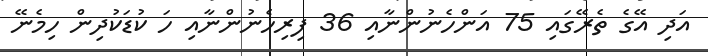
އަދި އޭގެ ތެރޭގައި 75 އަންހެނުންނާއި 36 ފިރިހެނުންނާއި ހަ ކުޑަކުދިން ހިމެނޭ